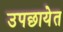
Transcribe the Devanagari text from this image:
उपछायेत